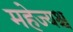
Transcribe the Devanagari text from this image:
महेज्यश्च